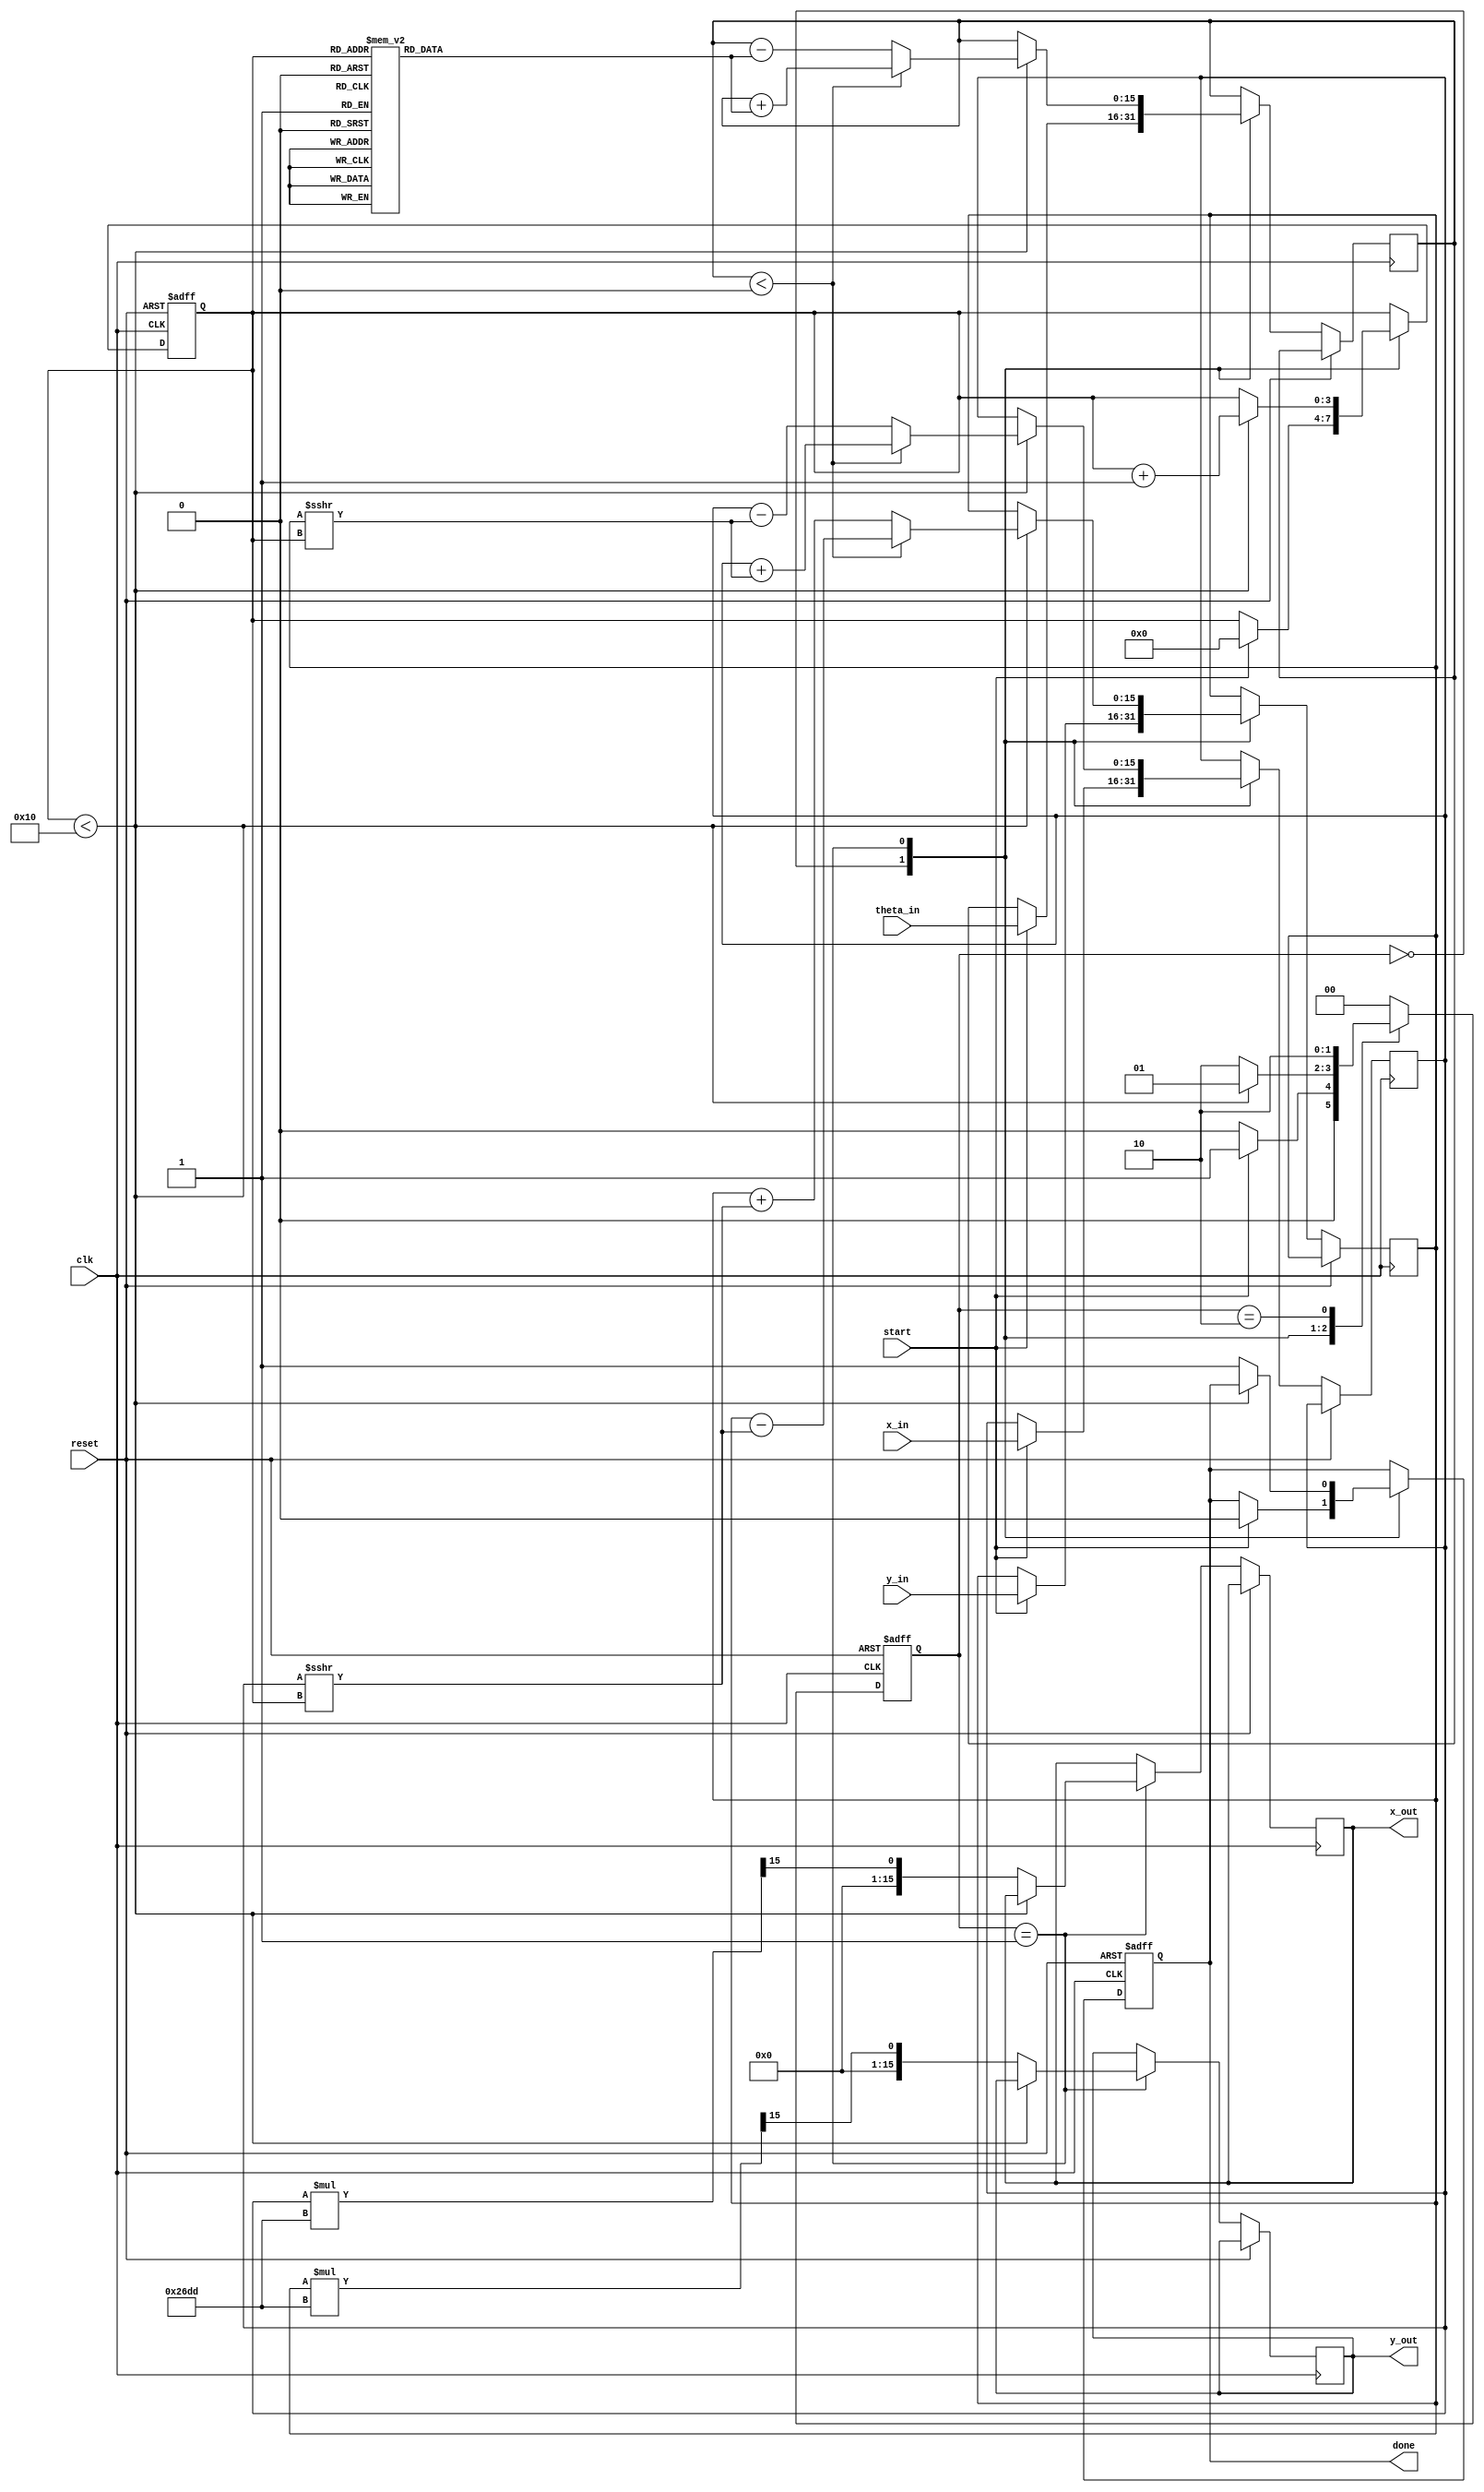
module cordic_2d (
    input wire clk,
    input wire reset,
    input wire start,
    input wire [15:0] x_in,      // Input X vector (fixed-point)
    input wire [15:0] y_in,      // Input Y vector (fixed-point)
    input wire [15:0] theta_in,  // Angle of rotation (fixed-point)
    output reg [15:0] x_out,     // Output X vector (fixed-point)
    output reg [15:0] y_out,     // Output Y vector (fixed-point)
    output reg done              // Operation complete signal
);

    // CORDIC parameters
    parameter NUM_ITERATIONS = 16;
    parameter K = 16'h26DD; // Scaling factor (K = 0.607252935)

    // Internal signals
    reg [15:0] x_reg, y_reg;
    reg [15:0] theta_reg;
    reg [3:0] iteration;
    reg [15:0] angle_table [0:NUM_ITERATIONS-1]; // Pre-computed arctan values
    reg [1:0] state, next_state;

    // State encoding
    localparam IDLE = 2'b00,
               RUN  = 2'b01,
               DONE = 2'b10;

    // Initialize arctan values
    initial begin
        angle_table[0] = 16'h26DB; // atan(2^0)
        angle_table[1] = 16'h1D7A; // atan(2^-1)
        angle_table[2] = 16'h0FAD; // atan(2^-2)
        angle_table[3] = 16'h07E4; // atan(2^-3)
        angle_table[4] = 16'h03FE; // atan(2^-4)
        angle_table[5] = 16'h01FF; // atan(2^-5)
        angle_table[6] = 16'h00FF; // atan(2^-6)
        angle_table[7] = 16'h007F; // atan(2^-7)
        angle_table[8] = 16'h003F; // atan(2^-8)
        angle_table[9] = 16'h001F; // atan(2^-9)
        angle_table[10] = 16'h000F; // atan(2^-10)
        angle_table[11] = 16'h0007; // atan(2^-11)
        angle_table[12] = 16'h0003; // atan(2^-12)
        angle_table[13] = 16'h0001; // atan(2^-13)
        angle_table[14] = 16'h0000; // atan(2^-14)
        angle_table[15] = 16'hFFFF; // atan(2^-15)
    end

    // FSM for CORDIC iterations
    always @(posedge clk or posedge reset) begin
        if (reset) begin
            state <= IDLE;
            iteration <= 0;
            done <= 0;
        end else begin
            state <= next_state;
            case (state)
                IDLE: begin
                    if (start) begin
                        x_reg <= x_in;
                        y_reg <= y_in;
                        theta_reg <= theta_in;
                        iteration <= 0;
                        done <= 0;
                    end
                end
                RUN: begin
                    if (iteration < NUM_ITERATIONS) begin
                        // CORDIC rotation logic
                        if (theta_reg < 0) begin
                            // Rotate clockwise
                            x_reg <= x_reg + (y_reg >>> iteration);
                            y_reg <= y_reg - (x_reg >>> iteration);
                            theta_reg <= theta_reg + angle_table[iteration];
                        end else begin
                            // Rotate counter-clockwise
                            x_reg <= x_reg - (y_reg >>> iteration);
                            y_reg <= y_reg + (x_reg >>> iteration);
                            theta_reg <= theta_reg - angle_table[iteration];
                        end
                        iteration <= iteration + 1;
                    end else begin
                        // Apply scaling factor
                        x_out <= x_reg * K >>> 15; // Scale down by K
                        y_out <= y_reg * K >>> 15; // Scale down by K
                        done <= 1;
                    end
                end
                DONE: begin
                    // Stay in DONE state until reset
                end
            endcase
        end
    end

    // Next state logic
    always @(*) begin
        case (state)
            IDLE: next_state = start ? RUN : IDLE;
            RUN: next_state = (iteration < NUM_ITERATIONS) ? RUN : DONE;
            DONE: next_state = DONE;
            default: next_state = IDLE;
        endcase
    end

endmodule